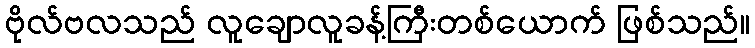
ဗိုလ်ဗလသည် လူချောလူခန့်ကြီးတစ်ယောက် ဖြစ်သည်။